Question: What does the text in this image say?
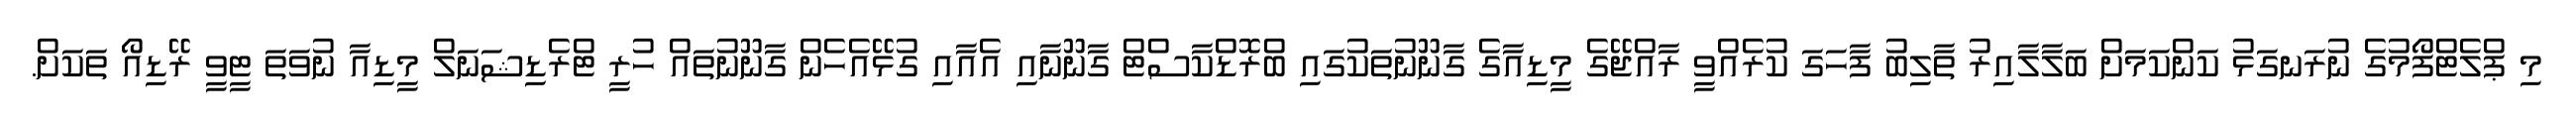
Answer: މި ޕްލެޓްފޯމުގެ ނުރަނގަޅު ކަންކަމަށް ބަލާލާއިރު ތާލިބު ފާހަގަ ކުރެއްވީ ރާއްޖޭގެ މީޑިއާގެ ގާނޫނުތަކުގައި ބްރޮޑްކާސްޓް ގާނޫނާއި އެއާއި ގުޅޭއެހެން ގާނޫނުތައް ހުރީ ޓްރެޑިޝަނަލް މީޑިއާ ނުވަތަ ޓީވީ ރޭޑިއޯ ތަކަށް.